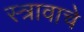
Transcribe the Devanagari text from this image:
स्त्रावाचे